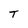
Character: T